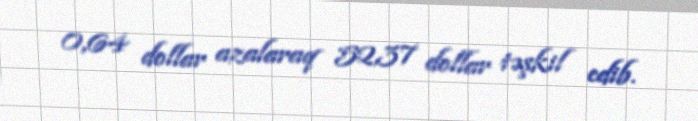
0,64 dollar azalaraq 52,37 dollar təşkil edib.